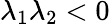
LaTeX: \lambda_{1}\lambda_{2}<0